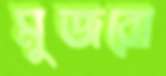
মুজরো